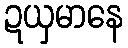
ဍယှမာနေ